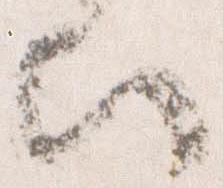
歟